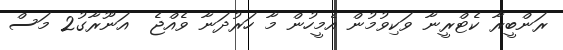
ރަންބީރާ ކެޓްރީނާ ވަކިވުމުން އެމީހުން މާ ހަރުދަނާ ވެއްޖެ  އަނޫރާގު2 މަސް